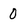
Character: 0